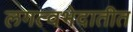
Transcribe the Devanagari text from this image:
लगत्वभेदातीत